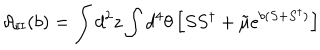
{ \cal A } _ { \mathrm { I I } } ( b ) = \int d ^ { 2 } z \int d ^ { 4 } \theta \left[ S S ^ { \dagger } + { \tilde { \mu } } e ^ { b ( S + S ^ { \dagger } ) } \right]